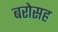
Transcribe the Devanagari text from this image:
बरोसह